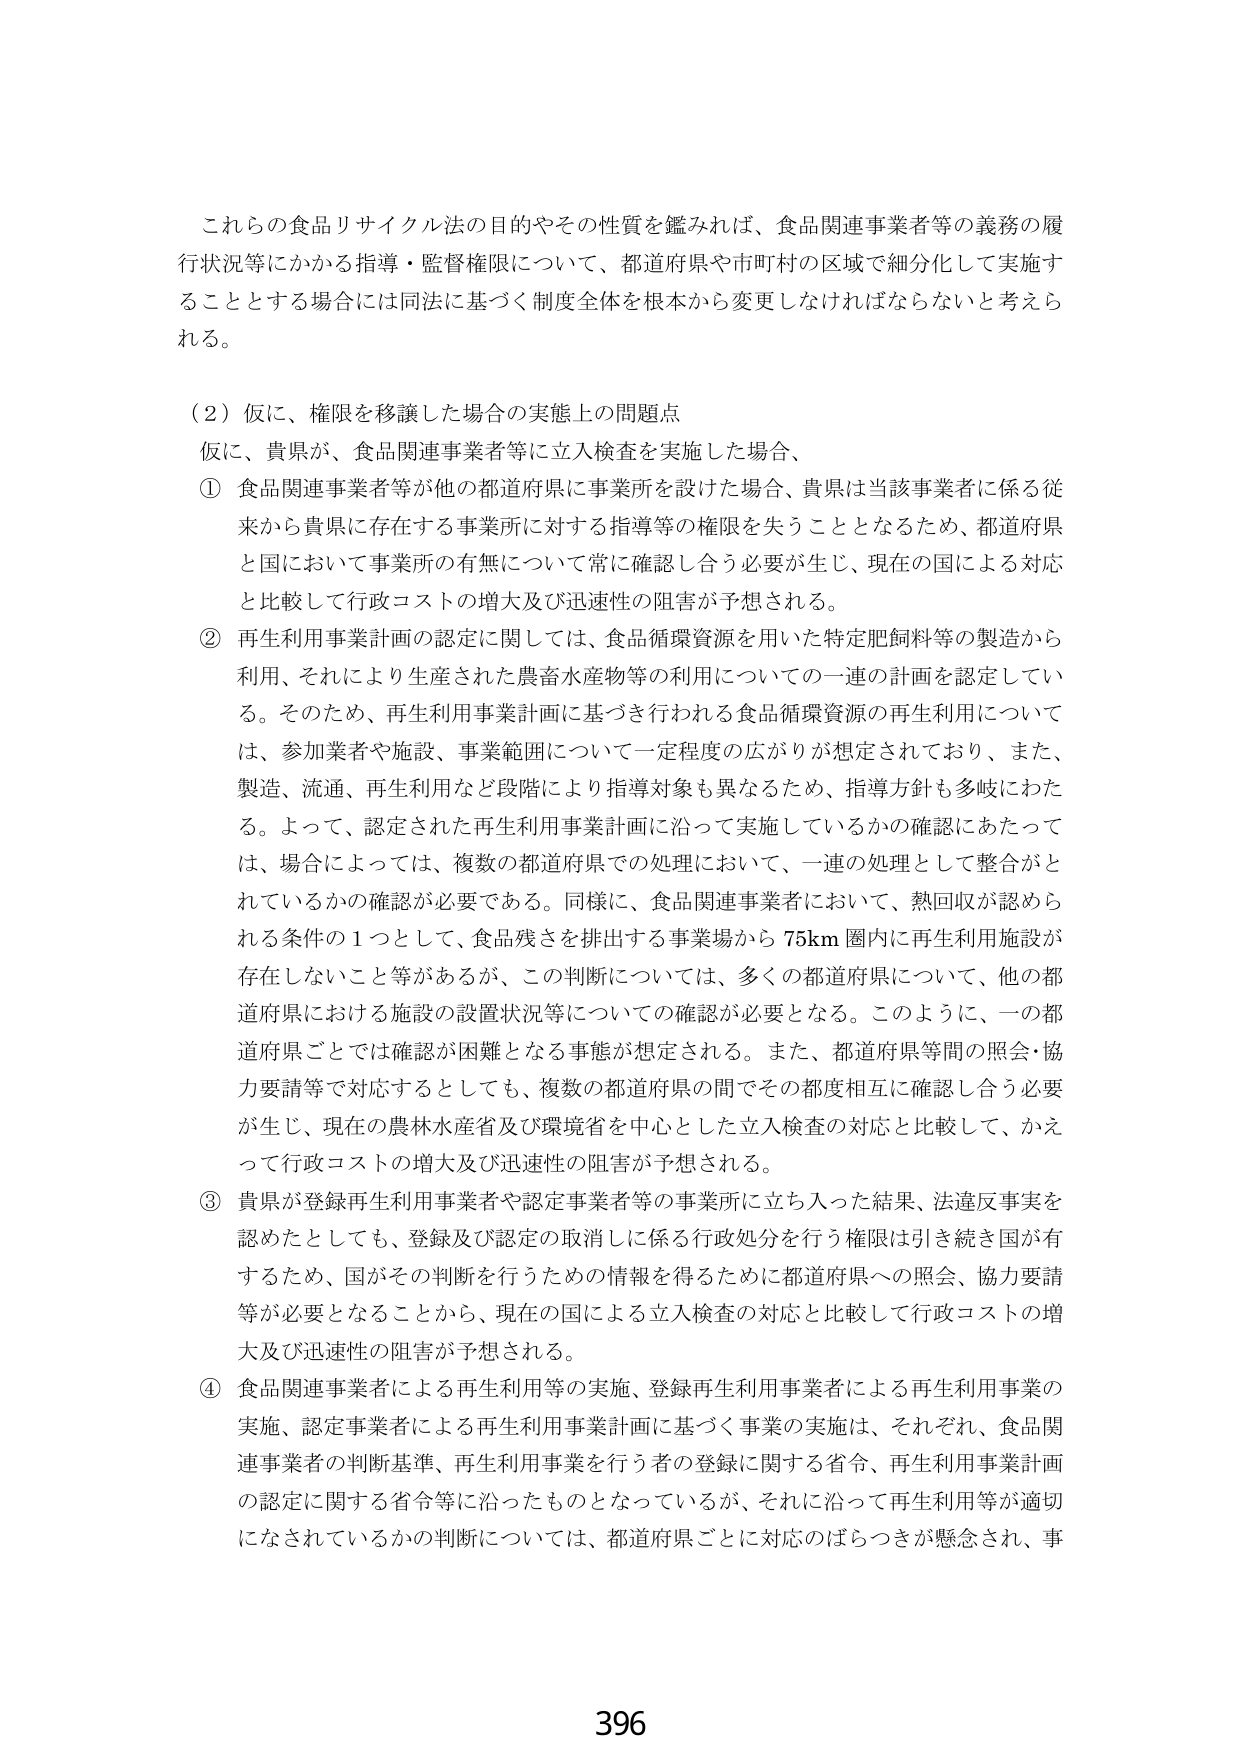
これらの食品リサイクル法の目的やその性質を鑑みれば、食品関連事業者等の義務の履行状況等にかかる指導・監督権限について、都道府県や市町村の区域で細分化して実施することとする場合には同法に基づく制度全体を根本から変更しなければならないと考えられる。

（２）仮に、権限を移譲した場合の実態上の問題点
仮に、貴県が、食品関連事業者等に立入検査を実施した場合、
① 食品関連事業者等が他の都道府県に事業所を設けた場合、貴県は当該事業者に係る従来から貴県に存在する事業所に対する指導等の権限を失うこととなるため、都道府県と国において事業所の有無について常に確認し合う必要が生じ、現在の国による対応と比較して行政コストの増大及び迅速性の阻害が予想される。
② 再生利用事業計画の認定に関しては、食品循環資源を用いた特定肥飼料等の製造から利用、それにより生産された農畜水産物等の利用についての一連の計画を認定している。そのため、再生利用事業計画に基づき行われる食品循環資源の再生利用については、参加業者や施設、事業範囲について一定程度の広がりが想定されており、また、製造、流通、再生利用など段階により指導対象も異なるため、指導方針も多岐にわたる。よって、認定された再生利用事業計画に沿って実施しているかの確認にあたっては、場合によっては、複数の都道府県での処理において、一連の処理として整合がとれているかの確認が必要である。同様に、食品関連事業者において、熱回収が認められる条件の１つとして、食品残さを排出する事業場から75km圏内に再生利用施設が存在しないこと等があるが、この判断については、多くの都道府県について、他の都道府県における施設の設置状況等についての確認が必要となる。このように、一の都道府県ごとでは確認が困難となる事態が想定される。また、都道府県等間の照会・協力要請等で対応するとしても、複数の都道府県の間でその都度相互に確認し合う必要が生じ、現在の農林水産省及び環境省を中心とした立入検査の対応と比較して、かえって行政コストの増大及び迅速性の阻害が予想される。
③ 貴県が登録再生利用事業者や認定事業者等の事業所に立ち入った結果、法違反事実を認めたとしても、登録及び認定の取消しに係る行政処分を行う権限は引き続き国が有するため、国がその判断を行うための情報を得るために都道府県への照会、協力要請等が必要となることから、現在の国による立入検査の対応と比較して行政コストの増大及び迅速性の阻害が予想される。
④ 食品関連事業者による再生利用等の実施、登録再生利用事業者による再生利用事業の実施、認定事業者による再生利用事業計画に基づく事業の実施は、それぞれ、食品関連事業者の判断基準、再生利用事業を行う者の登録に関する省令、再生利用事業計画の認定に関する省令等に沿ったものとなっているが、それに沿って再生利用等が適切になされているかの判断については、都道府県ごとに対応のばらつきが懸念され、事

396